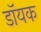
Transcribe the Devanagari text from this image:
डॉयक